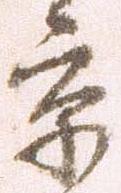
京